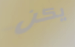
يكن